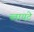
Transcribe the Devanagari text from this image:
ब्वायटे